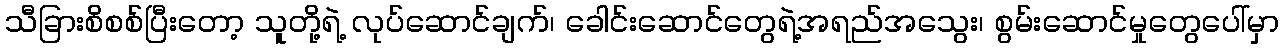
သီခြားစိစစ်ပြီးတော့ သူတို့ရဲ့ လုပ်ဆောင်ချက်၊ ခေါင်းဆောင်တွေရဲ့အရည်အသွေး၊ စွမ်းဆောင်မှုတွေပေါ်မှာ